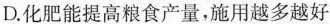
D.化肥能提高粮食产量，施用越多越好